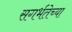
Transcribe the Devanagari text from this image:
सगर्भतेच्या